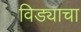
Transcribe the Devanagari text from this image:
विड्याचा